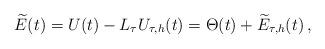
LaTeX: \begin{align*} \widetilde E(t) = U(t) - L_\tau U_{\tau,h}(t) = \Theta(t) + \widetilde E_{\tau,h}(t) \,, \end{align*}